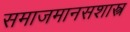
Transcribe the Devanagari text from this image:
समाजमानसशास्त्र